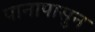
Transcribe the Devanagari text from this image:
पानापासुन